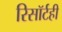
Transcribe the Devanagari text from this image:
रिसॉर्टही